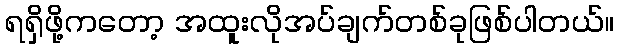
ရရှိဖို့ကတော့ အထူးလိုအပ်ချက်တစ်ခုဖြစ်ပါတယ်။